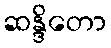
ဆန္ဒိတော